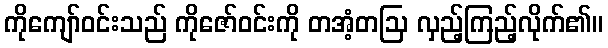
ကိုကျော်ဝင်းသည် ကိုဇော်ဝင်းကို တအံ့တဩ လှည့်ကြည့်လိုက်၏။